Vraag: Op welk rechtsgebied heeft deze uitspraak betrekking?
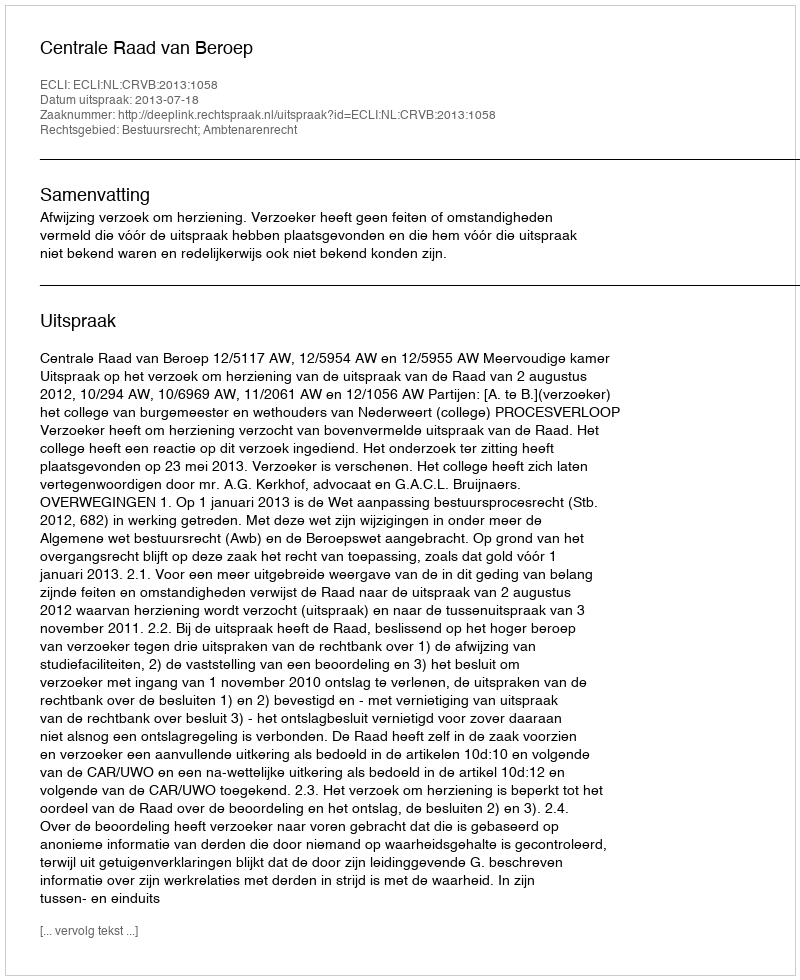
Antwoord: Bestuursrecht; Ambtenarenrecht